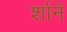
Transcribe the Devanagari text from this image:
र्शाने